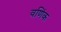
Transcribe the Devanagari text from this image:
वणिंक